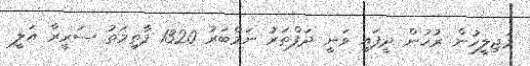
މަޖިލީހުން ރުހުން ދީފައި ވަނީ ދަފްތަރު ނަމްބަރު 1320 ފާތިމަތު ސަރީރާ އަލީ